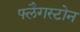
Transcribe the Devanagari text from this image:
फ्लैगस्टोन